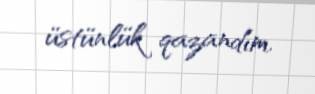
üstünlük qazandım.